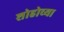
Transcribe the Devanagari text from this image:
शोहोच्या